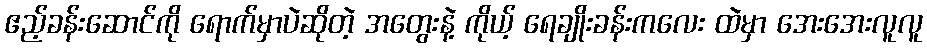
ဧည့်ခန်းဆောင်ကို ရောက်မှာပဲဆိုတဲ့ အတွေးနဲ့ ကိုယ့် ရေချိုးခန်းကလေး ထဲမှာ အေးအေးလူလူ